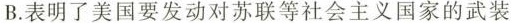
B.表明了美国要发动对苏联等社会主义国家的武装